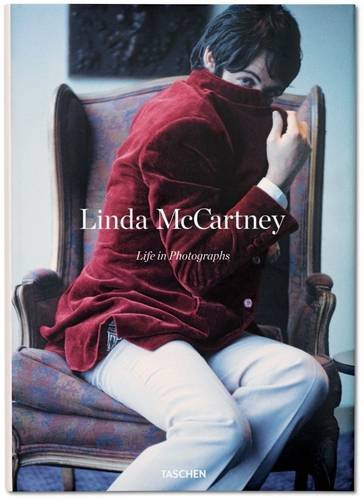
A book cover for Linda McCartney: Life in Photographs; Arts & Photography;